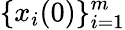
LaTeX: \{ x_{i}(0)\} _{i=1}^{m}